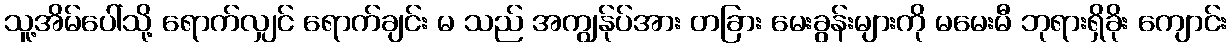
သူ့အိမ်ပေါ်သို့ ရောက်လျှင် ရောက်ချင်း မ သည် အကျွန်ုပ်အား တခြား မေးခွန်းများကို မမေးမီ ဘုရားရှိခိုး ကျောင်း